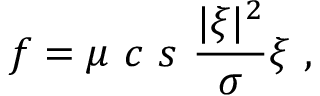
\boldsymbol { f } = \mu \ c \ s \ \frac { | \boldsymbol { \xi } | ^ { 2 } } { \sigma } \boldsymbol { \xi } \ ,